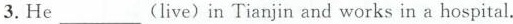
3.He___(live)in Tianjin and works in a hospital.